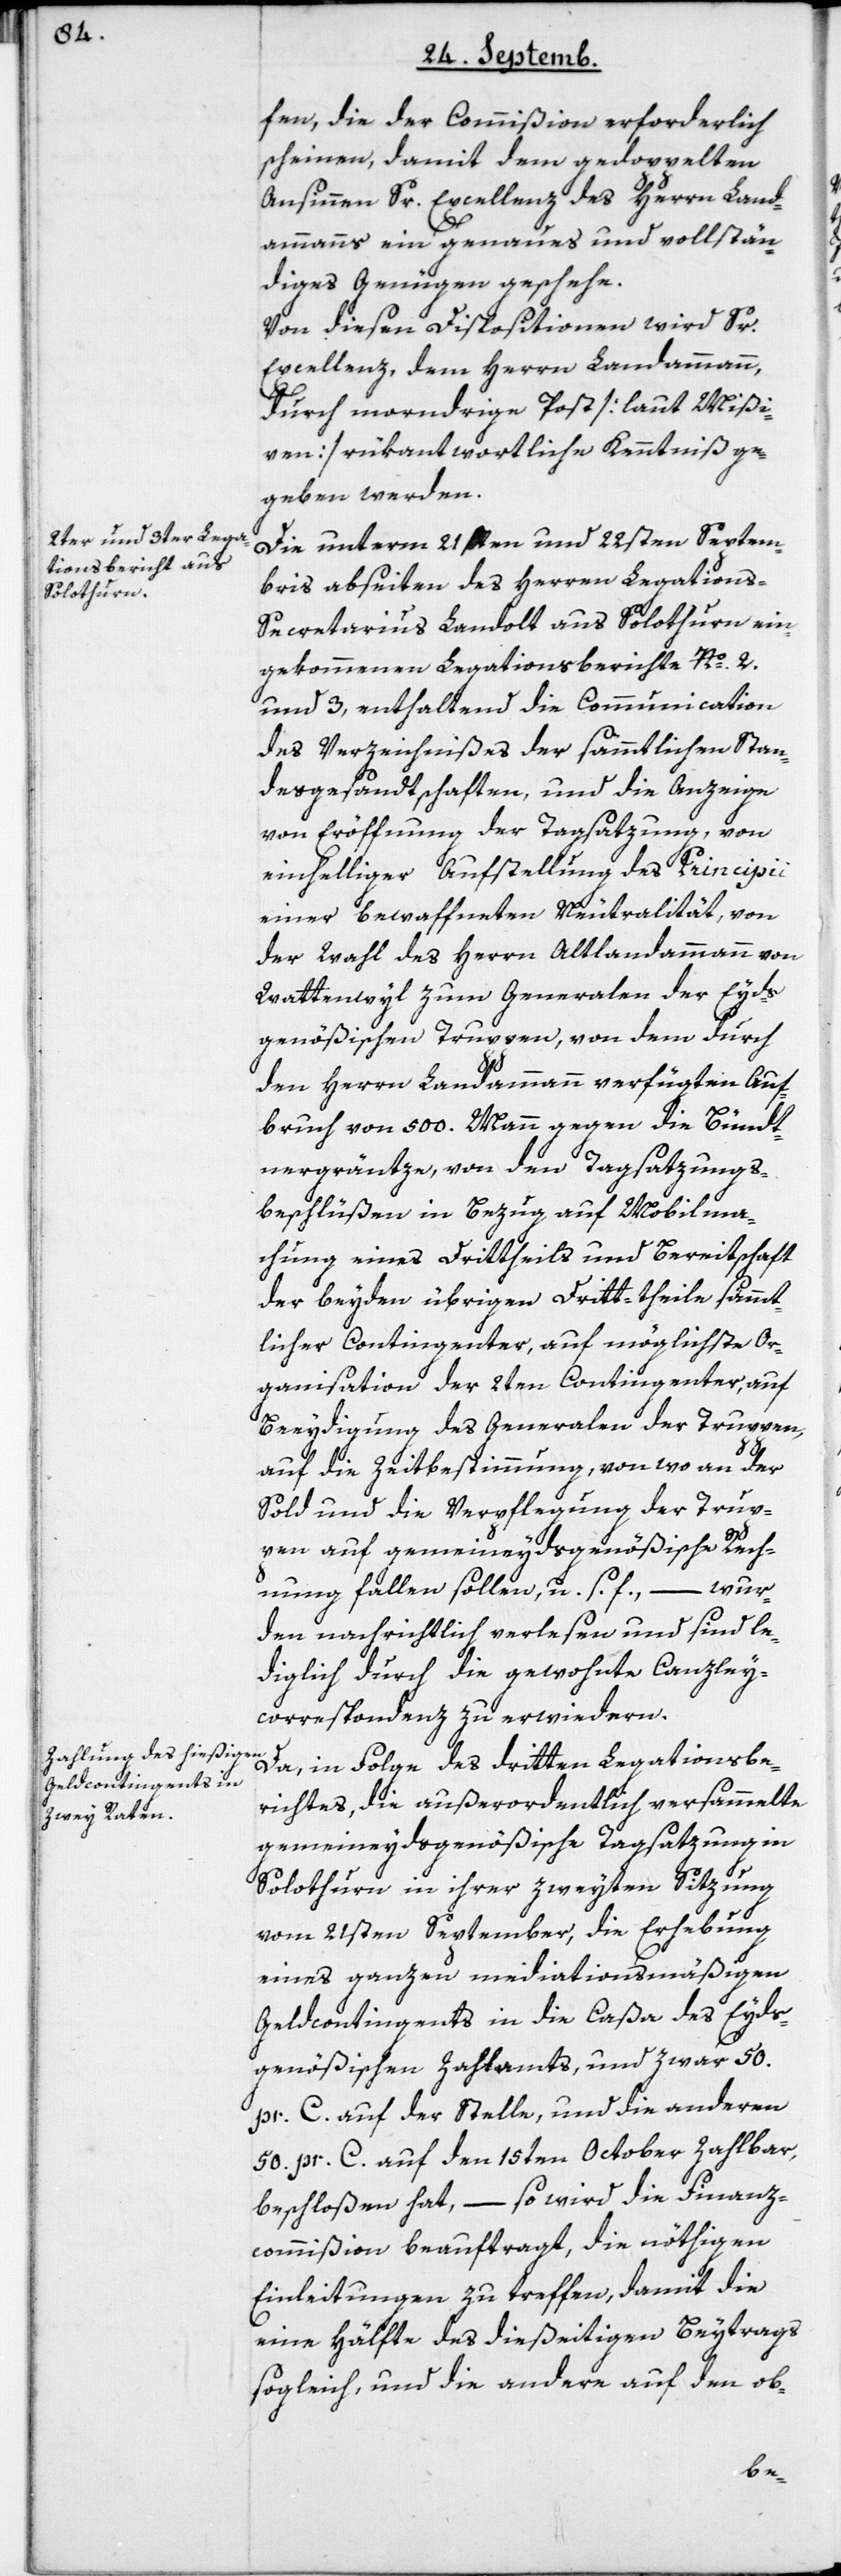
fen, die der Commißion erforderlich
scheinen, damit dem gedoppelten
Ansinnen Sr. Excellenz des Herrn Land¬
ammanns ein genaues und vollstän¬
diges Genügen geschehe.
Von diesen Dispositionen wird Sr.
Excellenz dem Herrn Landammann,
durch morndrige Post [laut Mißi¬
ven] rükantwortliche Kenntniß ge¬
geben werden.
Die unterm 21sten und 22sten Septem¬
ber abseiten des Herren Legations-S¬
ecretarius Landolt aus Solothurn ein¬
gekommenen Legationsberichte No. 2.
und 3, enthaltend die Communication
des Verzeichnißes der sämmtlichen Stan¬
desgesandtschaften, und die Anzeige
von Eröffnung der Tagsatzung, von
einhelliger Aufstellung des Pricipii
einer bewaffneten Neutralität, von
der Wahl des Herrn Altlandammann von
Wattenwyl zum Generalen der Eyds¬
genößischen Truppen, von dem durch
den Herrn Landammann verfügten Auf¬
bruch von 500. Mann gegen die Bündt¬
nergräntze, von den Tagsatzungs¬
beschlüßen in Bezug auf Mobilma¬
chung eines Drittheils und Bereitschaft
der beyden übrigen Dritt-theile sämmt¬
licher Contingenter, auf möglichste Or¬
ganisation der 2ten Contingenter, auf
Beeydigung des Generalen der Truppen,
auf die Zeitbestimmung, von wo an der
Sold und die Verpflegung der Trup¬
pen auf gemeineydsgenößische Rech¬
nung fallen sollen, u. s. f. – wur¬
den nachrichtlich verlesen und sind le¬
diglich durch die gewohnte Canzley¬
correspondenz zu erwidern.
Da, in Folge des dritten Legationsbe¬
richtes, die außerordentlich versammelte
gemeineidsgenößische Tagsatzung in
Solothurn in ihrer zweyten Sitzung
vom 21sten September, die Erhebung
eines ganzen mediationsmäßigen
Geldcontingents in die Caßa des Eyds¬
genößischen Zahlamts, und zwar 50.
pr. C. auf der Stelle, und die anderen
50. pr. C. auf den 15ten October zahlbar,
beschloßen hat, – so wird die Finanz¬
commißion beauftragt, die nöthigen
Einleitungen zu treffen, damit die
eine Hälfte des dießeitigen Beytrags
sogleich, und die andere auf den ob-